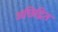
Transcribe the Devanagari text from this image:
अछिद्रित